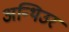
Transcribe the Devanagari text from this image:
अन्थिउर